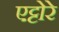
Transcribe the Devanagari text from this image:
एट्टोरे